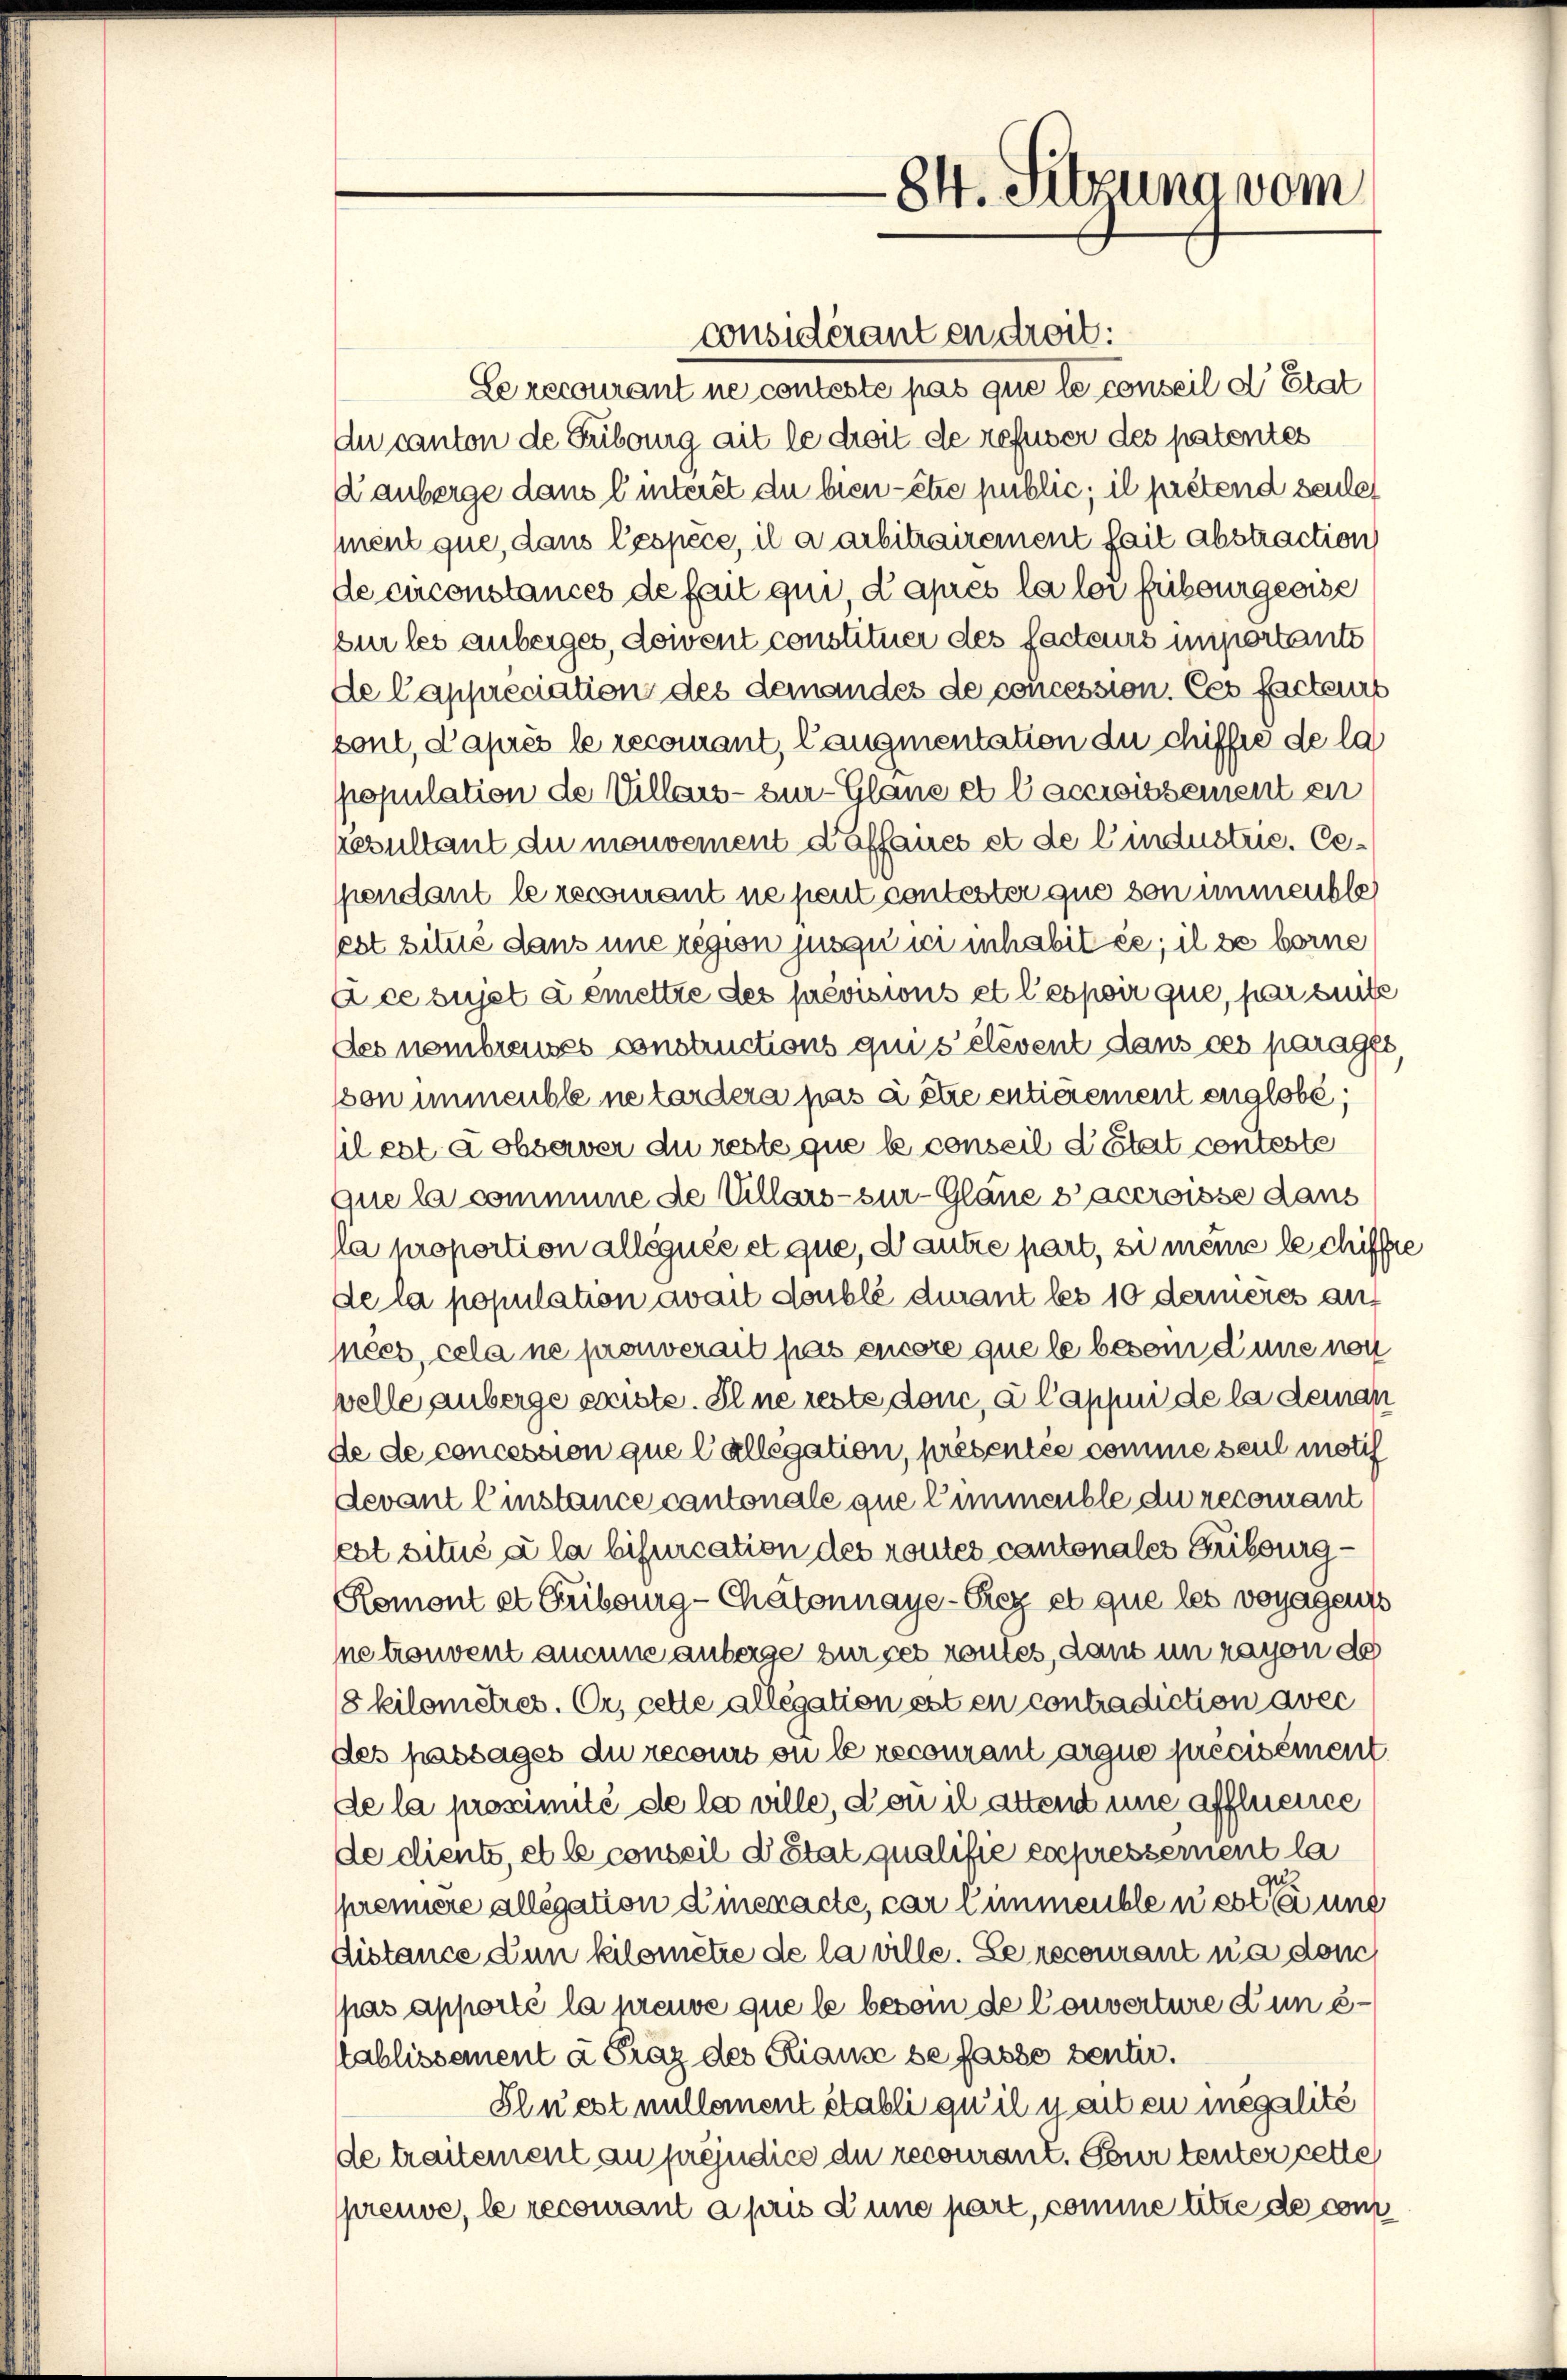
84. Sitzung vom

Le recourant ne conteste pas que le conseil d’Etat
du canton de Fribourg ait le droit de refuser des patentes
Danberge dans linteret du bien- être public, il prétend seules
ment que, dans lespèce, il a arbitrairement fait abstraction
de circonstances de fait qui d’après la loi fribourgeoise
sur les anbeiges, doivent constituer des facteurs importants
de Cappreciation des demandes de concession. Ces facteurs
sont, d’après le recomant, Caugmentation du chiffe de la
population de Villars - zur Glane et C accroissement en
resultant du mouvement daffaires et de lindustrie. Ce-
spendant le recourant ne peut contester quo von immeuble
est situé dans une region jusqu’ ici inhabitée; il ze borne
2 ce sujet à émettre des prévisions et l’espoir que, par seite
Des nombreuses constructions qui s’élevent dans ces parages,
son immeuble ne tardera pas à être entièrement englobé;
il est a observer du reste que le conseil d’état conteste
que la commune de Villars sur-Gläne s’accroisse dans
ra proportion alléguée et que, d’autre part, si meine le chiffe
de la population avait doublé diuant les 10 dernières auf
nées, cela ne prouverait pas encore que le besoin d’une non
velle anberge existe. Il ne reste donc, a Cappui de la deman
de de concession que lallegation, présentée comme seul motif
devant l’instance cantonale que l’immeuble du recourant
ebt situé à la bifuication des routes cantonales Fribourg¬
Remont et Fribourg-Chätonnaye-Rrez et que les voyagens
ne trouvent aucune anberge zur ces routes, dann in rayon de
8 kilometres. Er, cette allegation est en contradiction avec
des passages du recourt si le recourant arque précisément
de la proximité de la ville, dou il attent une affluence
de diente, et le conseil d’état qualifié expressement la
u
premiere allegation Amexacte, car Zimmeuble u est ein und
distance dun kilemétie de la ville. Le recourant n’a don
pas apporté la preuve que le besoin de Couverture d’un établissement à Frag des Riause befasse ventir.
Slnest nullement établi qu’il y ait en megalité
de traitement au préjudice du recourant. Pour tenter cette
preuve, le recomant a pris d’une part, comme titre de cons

considérant en droit.